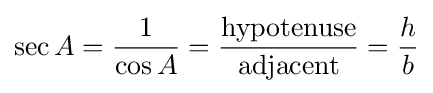
\sec A={\frac {1}{\cos A}}={\frac {\textrm {hypotenuse}}{\textrm {adjacent}}}={\frac {h}{b}}